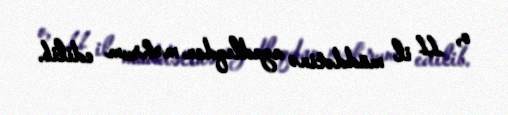
o, 11 il müddətinə azadlıqdan məhrum edilib.